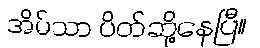
အိမ်သာ ပိတ်ဆို့နေပြီ။